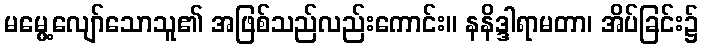
မမွေ့လျော်သောသူ၏ အဖြစ်သည်လည်းကောင်း။ နနိဒ္ဒါရာမတာ၊ အိပ်ခြင်း၌